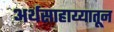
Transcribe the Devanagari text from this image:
अर्थसाहाय्यातून